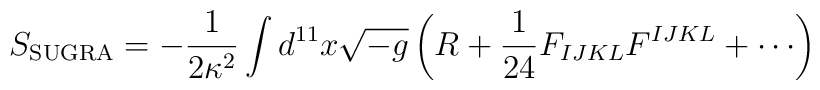
S_{\rm SUGRA} = - {1 \over 2 \kappa^2} \int d^{11}x \sqrt{-g} \left(R + {1 \over 24} F_{IJKL} F^{IJKL} + \cdots\right)